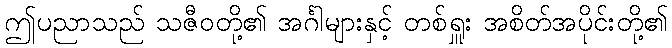
ဤပညာသည် သဇီဝတို့၏ အင်္ဂါများနှင့် တစ်ရှူး အစိတ်အပိုင်းတို့၏